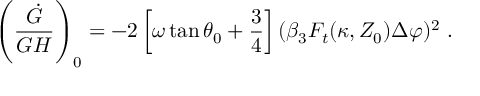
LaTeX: \left( { \frac { \dot { G } } { G H } } \right) _ { 0 } = - 2 \left[ \omega \tan \theta _ { 0 } + { \frac { 3 } { 4 } } \right] ( \beta _ { 3 } F _ { t } ( \kappa , Z _ { 0 } ) \Delta \varphi ) ^ { 2 } \ .